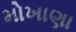
મોખાણા